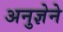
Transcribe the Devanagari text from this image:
अनुज्ञेने